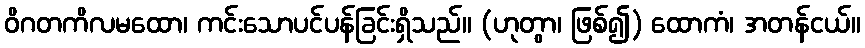
ဝိဂတကိလမထော၊ ကင်းသောပင်ပန်ခြင်းရှိသည်။ (ဟုတွာ၊ ဖြစ်၍) ထောကံ၊ အတန်ငယ်။